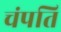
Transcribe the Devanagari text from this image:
चंपति